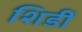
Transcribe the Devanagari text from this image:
शिडीं